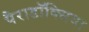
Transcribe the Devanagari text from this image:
पैराडॉक्सिया